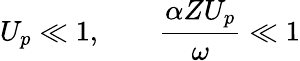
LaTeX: U_{p}\ll 1,\qquad\frac{\alpha ZU_{p}}{\omega}\ll 1